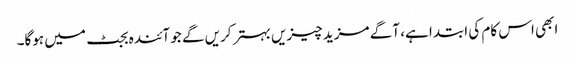
ابھی اس کام کی ابتدا ہے، آگے مزید چیزیں بہتر کریں گے جو آئندہ بجٹ میں ہوگا۔